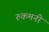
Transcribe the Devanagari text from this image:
रुकमनी